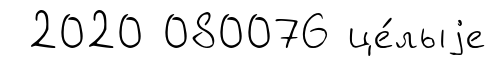
2020 080076 це́лыjе